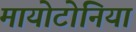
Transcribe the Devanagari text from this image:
मायोटोनिया